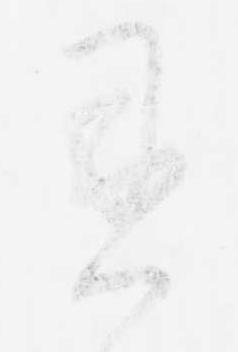
御